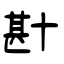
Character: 卙